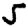
Digit: 5